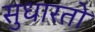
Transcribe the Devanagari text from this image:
सुधारतो